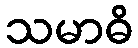
သမာဓိ